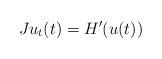
LaTeX: \begin{align*}Ju_t(t)=H'(u(t))\end{align*}